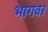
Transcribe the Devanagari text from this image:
भागवर